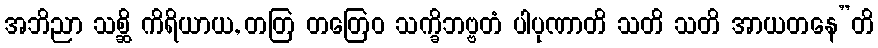
အဘိညာ သစ္ဆိ ကိရိယာယ, တတြ တတြေဝ သက္ခိဘဗ္ဗတံ ပါပုဏာတိ သတိ သတိ အာယတနေ”တိ